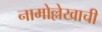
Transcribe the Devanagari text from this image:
नामोल्लेखाची